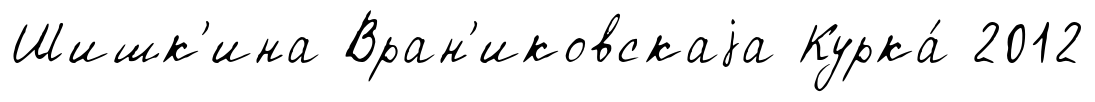
Шишк'ина Вран'иковскаjа Курка́ 2012